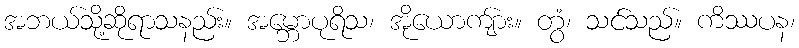
အဘယ်သို့ဆိုရာသနည်း။ အမ္ဘောပုရိသ၊ အိုယောကျ်ား။ တွံ၊ သင်သည်။ ကိဿပန၊